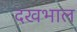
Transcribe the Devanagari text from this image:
दखभाल